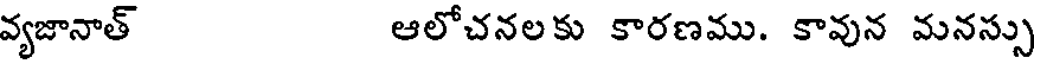
వ్యజానాత్ ఆలోచనలకు కారణము. కావున మనస్సు